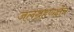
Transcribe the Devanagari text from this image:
जलग्रहणक्षेत्र